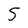
Character: 5